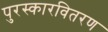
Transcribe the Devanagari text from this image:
पुरस्कारवितरण